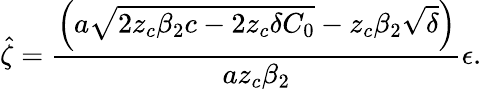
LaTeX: \hat{\zeta}=\frac{\left(a\sqrt{2z_{c}\beta_{2}c-2z_{c}\delta C_{0}}-z_{c}\beta_{2}\sqrt{\delta}\right)}{az_{c}\beta_{2}}\epsilon.